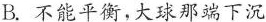
B. 不能平衡，大球那端下沉